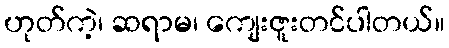
ဟုတ်ကဲ့၊ ဆရာမ၊ ကျေးဇူးတင်ပါတယ်။